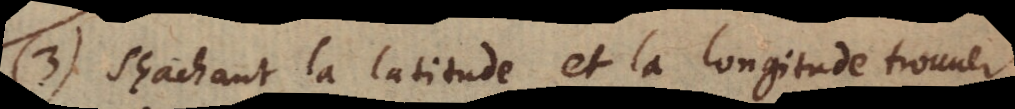
(3) Sçachant la latitude et la longitude trouuer